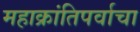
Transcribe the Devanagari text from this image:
महाक्रांतिपर्वाचा